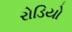
રોડિયો